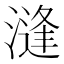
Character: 漨